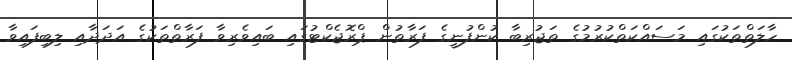
ހާލަތްތަކުގައި މަސައްކަތްކުރުމުގެ ތަޖުރިބާ ކުންފުނީގެ ފަރާތުން ޕްރޮޖެކްޓުގައި ބައިވެރިވާ ފަރާތްތަކުގެ އަދަދާއި ލިބިފައިވާ